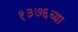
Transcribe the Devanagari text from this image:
१३७६च्या